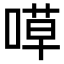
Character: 𠹊